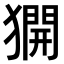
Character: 𤡲